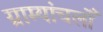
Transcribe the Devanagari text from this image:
ग्राम्यांचलोँ